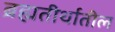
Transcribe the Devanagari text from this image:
ब्रह्मतीर्थातील